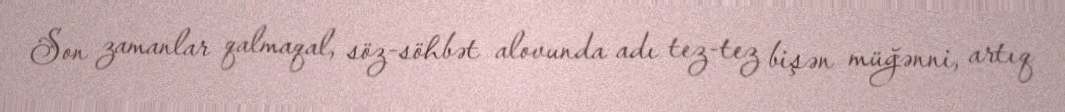
Son zamanlar qalmaqal, söz-söhbət alovunda adı tez-tez bişən müğənni, artıq